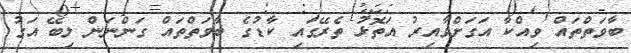
ބާވަތްތައް ވިއްކާ އަގަށްވާއިރު އަތޮޅު ތެރޭގައި ކާޑުގެ ބާވަތްތައް ގަންނަން ލިބޭ އަގު